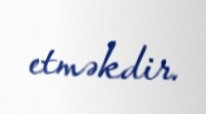
etməkdir.